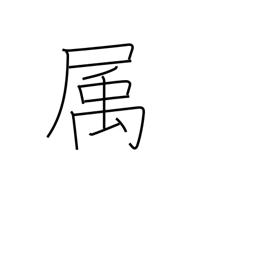
Meaning: affiliated